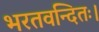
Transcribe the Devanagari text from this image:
भरतवन्दितः।